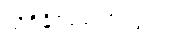
သိရှိနိုင်ရေးအတွက်